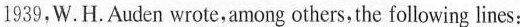
1939,W.H.Auden wrote among others, the following lines: